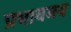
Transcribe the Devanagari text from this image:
प्रभावमय